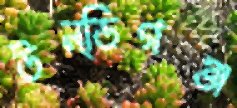
উন্ডিগঞ্জ